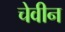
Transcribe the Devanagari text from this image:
चेवीन